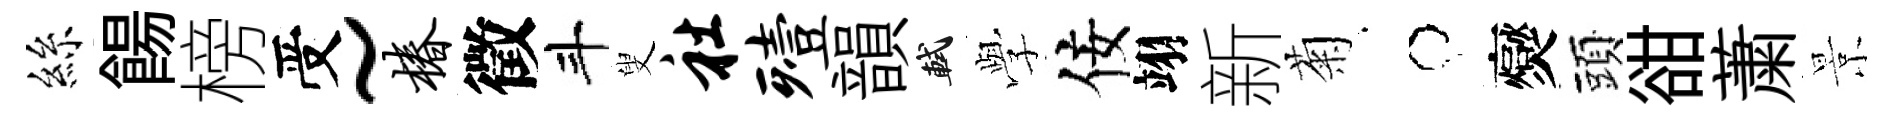
絲餳榜受~椿徵斗叟社殪韻軾𫝯佞翊新菊牛爕頭𧮳䔥景